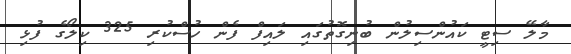
މާލޭ ސިޓީ ކައުންސިލުން ބުނިގޮތުގައި ލައިފް ފެން ހުސްކުރި 325 ކިލޯގެ ފުޅި